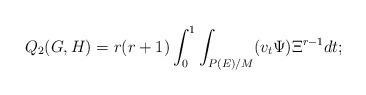
LaTeX: \begin{align*} Q_2(G,H)=r(r+1)\int_0^1\int_{P(E)/M}(v_t\Psi)\Xi^{r-1}dt; \end{align*}